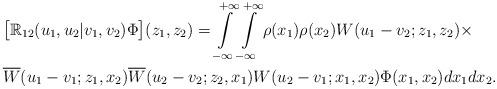
LaTeX: \begin{align*} &\bigl[\mathbb{R}_{12}(u_1,u_2|v_1,v_2)\Phi\bigr](z_1,z_2) =\int\limits^{+\infty}_{-\infty}\int\limits^{+\infty}_{-\infty} \rho(x_1)\rho(x_2) W(u_1-v_2;z_1,z_2)\times \\ &\overline{W}(u_1-v_1;z_1,x_2)\overline{W}(u_2-v_2;z_2,x_1)W(u_2-v_1;x_1,x_2) \Phi(x_1,x_2) d x_1 d x_2. \end{align*}